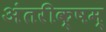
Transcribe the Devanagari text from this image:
अंतरीक्षम्